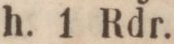
h. 1 Rdr.